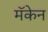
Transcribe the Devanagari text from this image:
मॅकेन